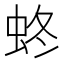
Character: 𧊂